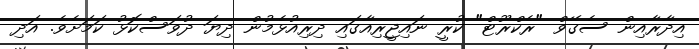
އިދާރާއިން ސެގޭވް "ރެކްރޫޓް" ކުރީ ނައިޖީރިއާގައި ދިރިއުޅެމުން ދިޔަ ދުވަސްކޮޅު ކަމަށެވެ. އަދި